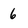
Character: 6